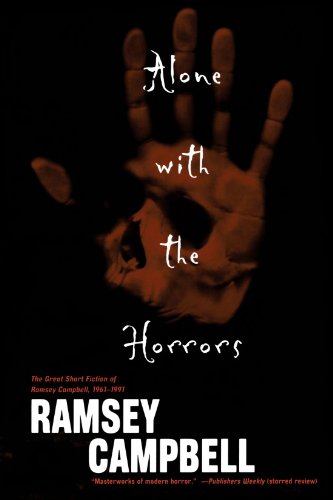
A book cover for Alone with the Horrors: The Great Short Fiction of Ramsey Campbell 1961-1991; Ramsey Campbell; Literature & Fiction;